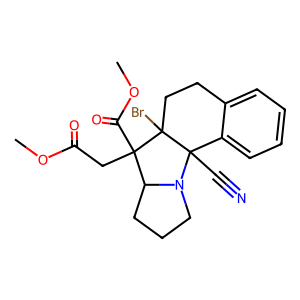
SMILES: COC(=O)CC1(C(=O)OC)C2CCCN2C2(C#N)c3ccccc3CCC12Br
Inhibits HIV replication: No